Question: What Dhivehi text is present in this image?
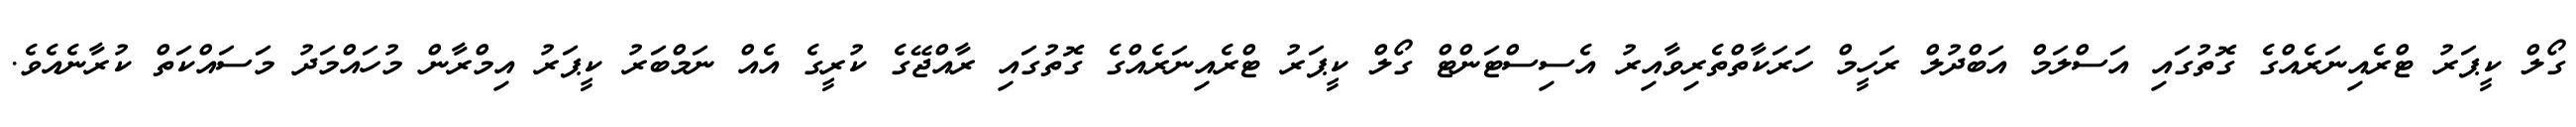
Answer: ގޯލް ކީޕަރު ޓްރެއިނަރެއްގެ ގޮތުގައި އަސްލަމް އަބްދުލް ރަހީމް ހަރަކާތްތެރިވާއިރު އެސިސްޓަންޓް ގޯލް ކީޕަރު ޓްރެއިނަރެއްގެ ގޮތުގައި ރާއްޖޭގެ ކުރީގެ އެއް ނަމްބަރު ކީޕަރު އިމްރާން މުހައްމަދު މަސައްކަތް ކުރާނެއެވެ.